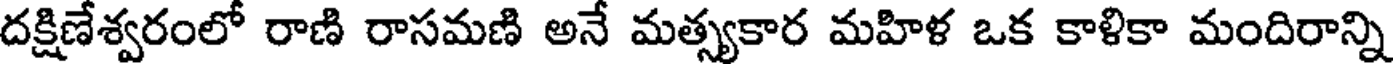
దక్షిణేశ్వరంలో రాణి రాసమణి అనే మత్స్యకార మహిళ ఒక కాళికా మందిరాన్ని